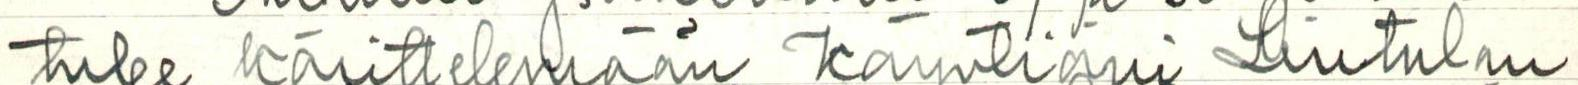
tulee käsittelemään käyntiäni Lintulan